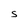
Character: S